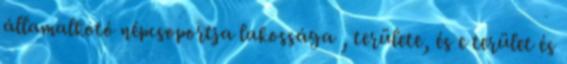
államalkotó népcsoportja lakossága , területe, és e terület és